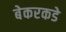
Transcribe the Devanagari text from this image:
बेकरकडे